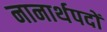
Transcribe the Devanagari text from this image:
नानार्थपदों